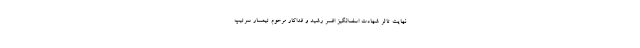
نهایت تاثر شهادت اسف‌انگیز افسر رشید و فداکار مرحوم تیمسار سرتیپ